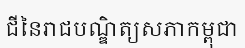
ជីនៃរាជបណ្ឌិត្យសភាកម្ពុជា